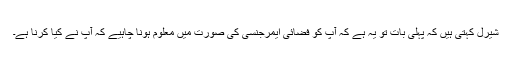
شیرل کہتی ہیں کہ پہلی بات تو یہ ہے کہ آپ کو فضائی ایمرجنسی کی صورت میں معلوم ہونا چاہیے کہ آپ نے کیا کرنا ہے۔